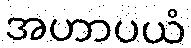
အဟာပယံ